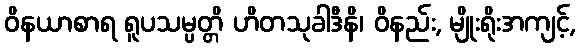
ဝိနယာစာရ ရူပသမ္ပတ္တိ ဟိတသုခါဒီနိ၊ ဝိနည်း, မျိုးရိုးအကျင့်,